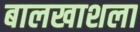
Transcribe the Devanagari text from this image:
बालखाशला